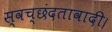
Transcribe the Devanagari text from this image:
स्वच्छंदतावादी।